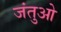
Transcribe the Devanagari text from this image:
जंतुओ